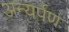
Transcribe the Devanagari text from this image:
अन्यर्पण